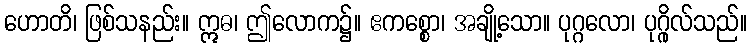
ဟောတိ၊ ဖြစ်သနည်း။ ဣဓ၊ ဤလောက၌။ ဧကစ္စော၊ အချို့သော။ ပုဂ္ဂလော၊ ပုဂ္ဂိုလ်သည်။